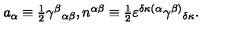
a _ { \alpha } \equiv \textstyle { \frac { 1 } { 2 } } \gamma ^ { \beta } { } _ { \alpha \beta } , n ^ { \alpha \beta } \equiv \textstyle { \frac { 1 } { 2 } } \varepsilon ^ { \delta \kappa ( \alpha } \gamma ^ { \beta ) } { } _ { \delta \kappa } .